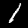
Digit: 1